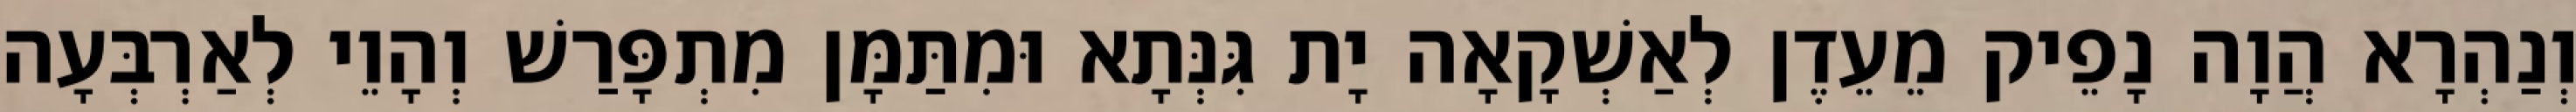
וְנַהְרָא הֲוָה נָפֵיק מֵעֵדֶן לְאַשְׁקָאָה יָת גִּנְּתָא וּמִתַּמָּן מִתְפָּרַשׁ וְהָוֵי לְאַרְבְּעָה